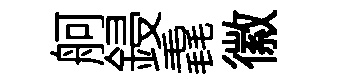
舸鋟毳徽